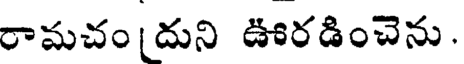
రామచం(దుని ఊరడించెను.